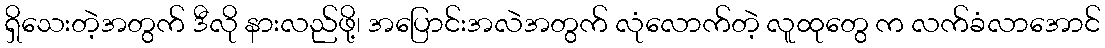
ရှိသေးတဲ့အတွက် ဒီလို နားလည်ဖို့၊ အပြောင်းအလဲအတွက် လုံလောက်တဲ့ လူထုတွေ က လက်ခံလာအောင်